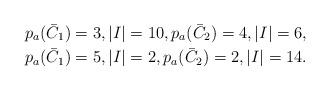
LaTeX: \begin{align*}p_a (\bar{C}_1) = 3, |I|=10, p_a (\bar{C}_2) = 4, |I|=6, \\ p_a (\bar{C}_1) = 5, |I|=2, p_a (\bar{C}_2) = 2, |I|=14 .\end{align*}